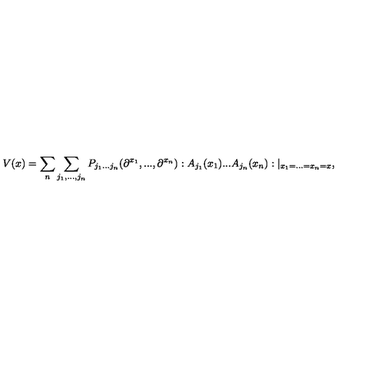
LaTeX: V ( x ) = \sum _ { n } \sum _ { j _ { 1 } , . . . , j _ { n } } P _ { j _ { 1 } . . . j _ { n } } ( \partial ^ { x _ { 1 } } , . . . , \partial ^ { x _ { n } } ) : A _ { j _ { 1 } } ( x _ { 1 } ) . . . A _ { j _ { n } } ( x _ { n } ) : | _ { x _ { 1 } = . . . = x _ { n } = x } ,